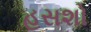
હસશો